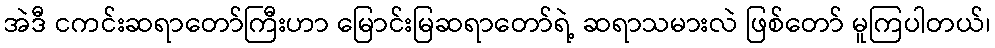
အဲဒီ ငကင်းဆရာတော်ကြီးဟာ မြောင်းမြဆရာတော်ရဲ့ ဆရာသမားလဲ ဖြစ်တော် မူကြပါတယ်၊